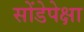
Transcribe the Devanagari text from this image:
सोंडेपेक्षा